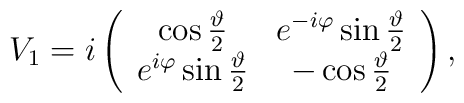
V_{1} = i \left( \begin{array}{cc} \cos \frac{\vartheta}{2} & e^{-i\varphi} \sin \frac{\vartheta}{2}  \\ e^{i\varphi} \sin \frac{\vartheta}{2}  & - \cos \frac{\vartheta}{2}     \end{array}  \right),